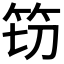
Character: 𮅀